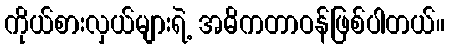
ကိုယ်စားလှယ်များရဲ့ အဓိကတာဝန်ဖြစ်ပါတယ်။